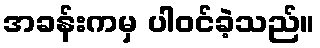
အခန်းကမှ ပါဝင်ခဲ့သည်။